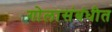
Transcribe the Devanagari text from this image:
गोलासंबंधीत